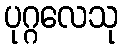
ပုဂ္ဂလေသု